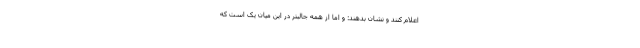
اعلام کنند و نشان بدهند: و اما از همه جالبتر در این میان یک است که